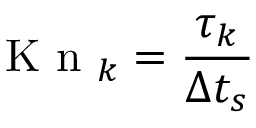
\mathrm { ~ K ~ n ~ } _ { k } = \frac { \tau _ { k } } { \Delta t _ { s } }